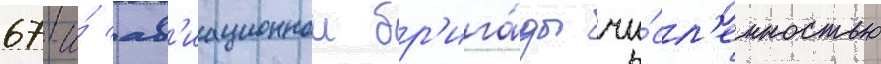
67-и́ ав'иационнои бр'ига́ды чи́сл'енностью